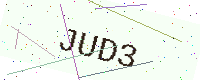
Text: JUD3